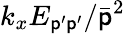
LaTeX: k_{x}E_{\mathsf{p}^{\prime}\mathsf{p}^{\prime}}/\bar{{\mathsf{p}}}^{2}